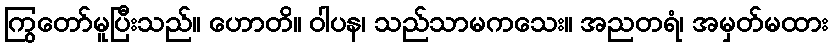
ကြွတော်မူပြီးသည်။ ဟောတိ။ ဝါပန၊ သည်သာမကသေး။ အညတရံ၊ အမှတ်မထား